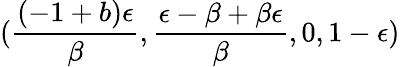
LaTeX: (\frac{(-1+b)\epsilon}{\beta},\frac{\epsilon-\beta+\beta\epsilon}{\beta},0,1-\epsilon)